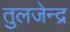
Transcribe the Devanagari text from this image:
तुलजेन्द्र